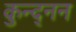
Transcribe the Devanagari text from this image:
कुन्द्नन